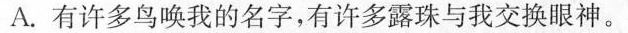
A.有许多鸟唤我的名字，有许多露珠与我交换眼神。